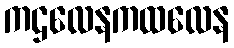
ကဌလေနကထလေန